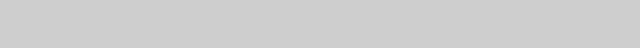
------------------------ ------------------------------------------